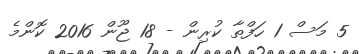
5 މަސް 1 ހަފްތާ ކުރިން - 18 ޖޫން 2016 ކޮންމެ